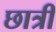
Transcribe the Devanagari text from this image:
छात्री